Cholera in southern India
Disease focus: Cholera
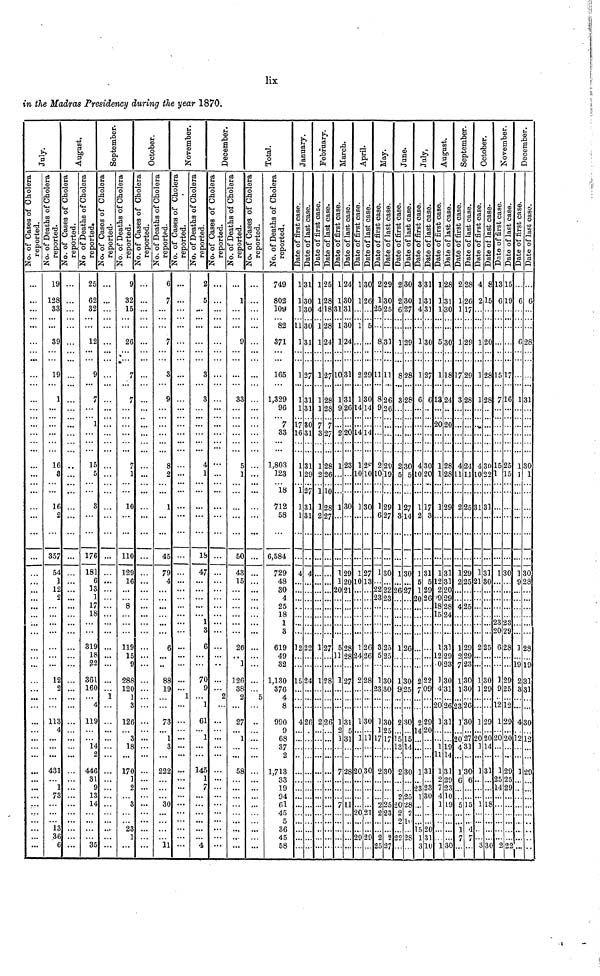
lix
in the Madras Presidency during tìie year 1870.
July
No. of Cases Cholera reputed
...
...
...
...
...
...
...
...
...
...
...
...
... ...
...
...
...
...
...
...
...
...
...
...
...
...
...
...
...
...
...
...
...
...
...
...
...
...
...
...
...
...
...
...
...
...
...
...
...
...
...
...
...
...
No of Deaths of Cholera reported
19
128
33
...
...
39
...
...
19
...
1
...
... ...
...
...
...
16
3
...
...
16
...
...
357
54
1
12
2
...
...
...
...
...
...
...
12
2
...
...
113
...4
...
...
431
... 1
73
...
...
...
13
36
6
August
No. of Cases Cholera reputed
...
...
...
...
...
...
...
...
...
...
...
...
... ...
...
...
...
...
...
...
...
...
...
...
...
...
...
...
...
...
...
...
...
...
...
...
...
...
...
...
...
...
...
...
...
...
...
...
...
...
...
...
...
...
No of Deaths of Cholera reported
25
62
32
...
...
12
...
...
9
...
7
...
... 1
...
...
...
15
5
...
...
3
...
...
176
181
6
13
1
17
18
...
...
319
18
22
361
160
...
4
119
...
14
...
446
31
9
13
14
...
...
...
... 35
September
No. of Cases Cholera reputed 1
...
...
...
...
...
...
...
...
...
...
...
... ...
...
...
...
...
...
...
...
...
...
...
j¯¯¯¯¯¯¯.
..
...
...
...
...
...
...
...
...
...
...
...
1
...
...
...
...
...
...
...
...
...
...
...
...
...
...
...
No of Deaths of Cholera reported
9
32
15
...
...
26
...
···
7
...
7
...
... ...
...
...
...
7
l
...
...
10
...
...
110
129
16
...
...
8
...
...
...
119
15
9
288
120
1
3
126
3
18
...
170
... 2
...
3
...
...
23
1
...
October
No. of Cases Cholera reputed
...
...
...
...
...
...
...
...
...
...
...
...
... ...
...
...
...
...
...
...
...
...
...
...
...
...
...
...
...
...
...
...
...
...
...
...
...
...
...
...
...
...
...
...
...
...
...
...
...
...
...
...
...
...
No of Deaths of Cholera reported
6
7
...
...
...
7
...
...
3
...
9
...
... ...
...
...
...
8
2
...
...
1
...
...
45
79
4
...
...
...
...
...
...
6
...
...
88
19
...
...
73
1
3
...
222
...
...
...
30
...
...
...
... 11
November
No. of Cases Cholera reputed
...
...
...
...
...
...
...
...
...
...
...
... ...
...
...
...
...
...
...
...
...
...
...
...
...
...
...
...
...
...
...
...
...
...
...
...
...
1
...
...
...
...
...
...
...
...
...
...
...
...
...
...
...
No of Deaths of Cholera reported
2
5
...
...
...
...
...
...
3
...
3
...
... ...
...
...
...
4
1
...
...
...
...
...
18
47
...
...
...
...
...
1
3
6
...
...
70
9
...
1
61
1
...
...
145
1
7
...
...
...
...
...
... 4
December
No. of Cases Cholera reputed
...
...
...
...
...
...
...
...
...
...
...
... ...
...
...
...
...
...
...
...
...
...
...
...
...
...
...
...
...
...
...
...
...
...
...
...
...
2
...
...
...
...
...
...
...
...
...
...
...
...
...
...
No of Deaths of Cholera reported
...
1
...
...
...
9
...
...
• ••
...
33
...
... ...
...
...
...
5
1
...
...
...
...
...
50
43
15
...
...
...
...
...
...
26
... 1
126
38
2
...
27
1
...
...
58
...
...
...
...
...
...
...
... ...
Total
No. of Cases Cholera reputed
...
...
...
...
...
...
...
...
...
...
...
...
... ...
...
...
...
...
...
...
...
...
...
...
...
...
...
...
...
...
...
...
...
...
...
...
...
...
5
...
...
...
...
...
...
...
...
...
...
...
...
...
...
...
No of Deaths of Cholera reported
749
802
109
... 82
371
...
...
165
...
1,329
96
... 7
33
...
...
1,803
123
... 18
712
58
...
6,584
729
48
30
4
25
18
1
3
619
49
32
1,130
376
4
8
990
9
68
37
2
1,713
33
19
94
61
45
...
36
45
58
January
Date of first case.
1
1
1
... 11
1
...
...
1
...
1
1
... 17
16
...
...
1
1
... 1
1
1
...
...
4
...
......
...
...
...
...
...
12
...
...
15
...
...
...
4
...
... ...
...
...
...
...
...
...
...
...
...
...
...
Date of last Case.
31
30
30
... 30
31
...
...
27
...
31
31
... 30
31
...
...
31
29
... 27
31
31
...
...
4
...
...
...
...
...
...
...
22
...
...
24
...
...
...
26
...
... ...
...
...
...
...
...
...
...
...
...
...
...
Febraury
Date of first case.
1
1
4
... 1
1
...
...
1
...
1
1
... 7
3
...
...
1
2
... 1
1
2
...
...
...
...
...
...
...
...
...
1
...
...
1
...
...
...
2
...
... ...
...
...
...
...
...
...
...
...
...
...
...
Date of last Case.
25
28
18
... 28
24
...
...
27
...
28
28
...
7
27
...
...
28
26
... 10
28
27
...
...
...
...
...
...
...
...
...
...
27
...
...
28
...
...
...
26
...
... ...
...
...
...
...
...
...
...
...
...
...
...
March
Date of first case.
1
1
31
... 1
1
...
...
10
...
1
9
... ...
2
...
...
1
...
...
...
1
...
...
...
1
1
20
...
...
...
...
...
5
11
...
1
...
...
...
1
2
1
...
...
7
...
...
...
7
...
...
...
...
...
Date of last Case.
24
30
31
... 30
24
...
...
31
...
31
26
... ...
20
...
...
23
...
...
...
30
...
...
...
29
20
21
...
...
...
...
...
28
28
...
27
...
...
...
31
3
...
...
28
...
...
...
11
...
...
...
...
...
April
Date of first case.
1
1
...
... 1
...
...
...
2
...
1
14
... ...
14
...
...
1
10
...
]
...
...
...
1
10
• ••
...
...
...
...
...
1
24
...
2
...
...
...
1
...
...
20
...
...
...
...
20
...
...
29
...
Date of last Case.
30
26
...
... 5
...
...
...
29
...
30
14
... ...
14
...
...
28
10
...
...
30
...
...
...
27
13
...
...
...
...
...
...
26
26
...
28
...
...
...
30
...
...
30
...
...
...
...
21
...
...
29
May
Date of first case.
2
1
25
...
...
8
...
...
11
...
8
9
... ...
...
...
...
2
10
...
...
1
6
...
...
1
...
22
23
...
...
...
...
3
5
...
1
23
...
...
1
1
...
...
2
...
...
...
2
2
...
...
2
25
Date of last Case.
29
30
25
...
...
31
...
...
11
...
26
26
... ...
...
...
...
29
19
...
...
29
27
...
...
30
...
22
23
...
...
...
...
25
25
...
30
30
...
...
30
25
...
...
30
...
...
...
25
23
...
...
2
27
June
Date of first case.
2
2
6
...
...
1
...
...
8
...
3
...
... ...
...
...
...
2
5
...
...
1
3
...
...
1
...
26
...
...
...
...
...
1
...
...
1
9
...
...
2
13°.
..
2
...
...
2
20
2
2
...
22
...
Date of last Case.
30
30
27
...
...
29
...
...
28
...
28
...
... ...
...
...
...
30
5
...
...
27
14
...
...
30
...
27
...
...
...
...
...
26
...
...
30
25
...
...
30
14
...
30
...
...
25
28
2
11
...
28
...
July
Date of first case.
3
1
4
...
...
1
...
...
1
...
6
...
... ...
...
...
...
4
10
...
...
1
2
...
...
1
5
1
20
...
...
...
...
...
...
...
2
7
...
...
2
14
...
...
1
...
28
1
...
...
...
l5
1
3
Date of last Case.
31
31
31
...
...
30
...
...
27
...
6
...
... ...
...
...
...
30
20
...
...
17
3
...
...
31
5
29
26
...
...
...
...
...
...
...
22
09
...
...
29
20
...
...
31
... 23
30
...
...
...
20
31
10
August
Date of first case.
1
1
1
...
...
5
...
...
1
...
13
...
... 20
...
...
...
1
1
...
...
1
...
...
...
1
12
2
'9
18
15
...
...
1
12
0
1
4
...
20
1
...
... 1
11
1
2
7
4
1
...
...
...
... 1
Date of last Case.
28
31
30
...
...
30
...
...
18
...
24
...
...
20
...
...
...
28
28
...
...
29
...
...
...
31
31
20
29
28
24
...
...
31
29
23
30
31
...
26
31
...
... 19
14
31
29
23
10
19
...
...
...
... 30
September
Date of first case.
2
1
1
...
...
1
...
...
17
...
3
...
... ...
...
...
...
4
11
...
...
2
...
...
...
1
2
...
...
4
...
...
...
1
2
7
1
1
...
23
1
...
20 4
...
1
6
...
...
5
...
...
1
7
...
Date of last Case.C
28
26
17
...
...
29
...
...
29
...
28
...
... ...
...
...
...
24
11
...
...
25
...
...
...
29
25
...
...
25
...
...
...
29
29
23
30
30
...
26
30
27
31
...
30
6
...
...
15
...
...
4
7
...
October
Date of first case.
4
2
...
...
...
1
...
...
1
...
1
...
...
...
...
...
...
4
10
...
...
31
...
...
...
1
21
...
...
...
...
...
...
2
...
...
1
1
...
...
1
20
1
...
1
...
...
...
1
...
...
...
...
...
Date of last Case.
8
15
...
...
...
20
...
...
28
...
28
...
... ...
...
...
...
30
22
...
...
31
...
...
...
31
30
...
...
...
...
...
...
25
...
...
30
29
...
...
29
20
14
...
31
...
...
...
18
...
...
...
...
30
November
Date of first case.
13
6
...
...
...
...
...
...
15
...
7
...
... ...
...
...
...
15
1
...
...
...
...
...
...
1
...
...
...
...
...
23
20
6
...
...
3
9
...
12
1
20
...
...
1
25
14
...
...
...
...
...
...
2
Date of last Case.
15
19
...
...
...
...
...
...
17
...
16
...
... ...
...
...
...
25
15
...
...
...
...
...
...
30
...
...
...
...
...
23
29
28
...
...
29
25
...
12.
29
20
...
...
29
25
29
...
...
...
...
...
...
22
December
Date of first case.
...
6
...
...
...
6
...
...
...
...
1
...
... ...
...
...
...
1
1
...
...
...
...
...
...
1
9
...
...
...
...
...
...
1
...
19
2
3
...
...
4
12
...
...
1
...
...
...
...
...
...
...
...
...
Date of last Case.
...
6
...
...
...
28
...
...
...
...
31
...
... ...
...
...
...
30
1
...
...
...
...
...
...
30
28
...
...
...
...
...
...
28
...
19
31
31
...
...
30
12
...
...
29
...
...
...
...
...
...
...
...
...